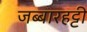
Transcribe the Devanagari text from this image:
जब्‍बारहट्टी